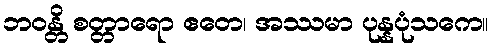
ဘဝန္တိ စတ္တာရော ဧတေ၊ အဿမာ ပုန္နပုံသကေ။